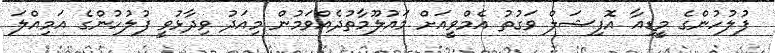
ފުލުހުންގެ މީޑިއާ އޮފިޝަލް ވަގުތު އެމްވީއަށް މައުލޫމާތުދެއްވަމުން މިއަދު ވިދާޅުވީ ފުލުހުންގެ އަމިއްލަ